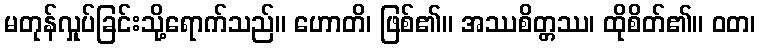
မတုန်လှုပ်ခြင်းသို့ရောက်သည်။ ဟောတိ၊ ဖြစ်၏။ အဿစိတ္တဿ၊ ထိုစိတ်၏။ ဝတ၊